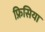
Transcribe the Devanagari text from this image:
फ्रिसिया